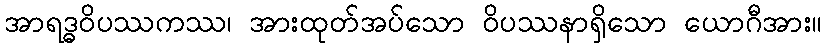
အာရဒ္ဓဝိပဿကဿ၊ အားထုတ်အပ်သော ဝိပဿနာရှိသော ယောဂီအား။